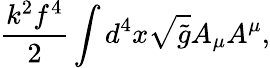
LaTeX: \frac{k^{2}f^{4}}{2}\int d^{4}x\sqrt{\tilde{g}}A_{\mu}A^{\mu},